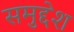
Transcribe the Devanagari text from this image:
समुद्देश